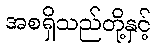
အစရှိသည်တို့နှင့်